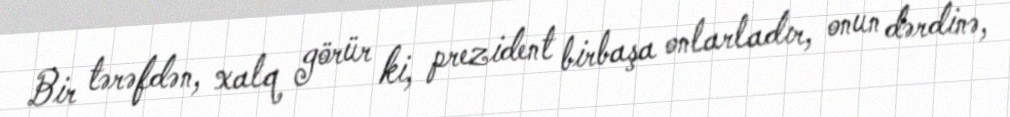
Bir tərəfdən, xalq görür ki, prezident birbaşa onlarladır, onun dərdinə,